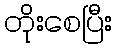
တိုးစေပြီး